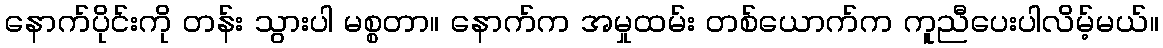
နောက်ပိုင်းကို တန်း သွားပါ မစ္စတာ။ နောက်က အမှုထမ်း တစ်ယောက်က ကူညီပေးပါလိမ့်မယ်။